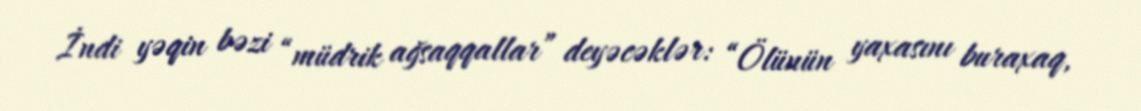
İndi yəqin bəzi “müdrik ağsaqqallar” deyəcəklər: “Ölünün yaxasını buraxaq,